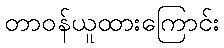
တာဝန်ယူထားကြောင်း